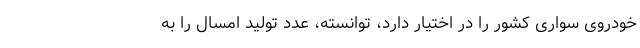
خودروی سواری کشور را در اختیار دارد، توانسته، عدد تولید امسال را به